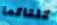
كلتاكما